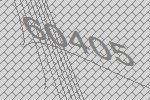
60405